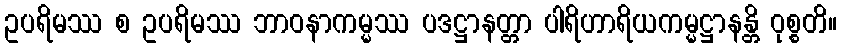
ဥပရိမဿ စ ဥပရိမဿ ဘာဝနာကမ္မဿ ပဒဋ္ဌာနတ္တာ ပါရိဟာရိယကမ္မဋ္ဌာနန္တိ ဝုစ္စတိ။